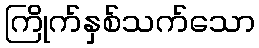
ကြိုက်နှစ်သက်သော